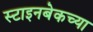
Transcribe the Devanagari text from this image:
स्टाइनबेकच्या